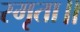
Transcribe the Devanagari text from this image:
स्मृता॥